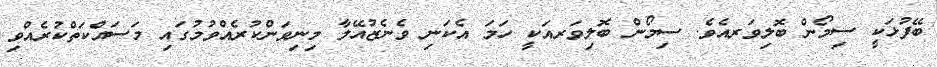
ބޭފުޅަކީ ސިމޯން ބޮލިވަރއެވެ. ސިމޯން ބޮލިވަރއަކީ ހަމަ އެކަނި ވެނެޒުއޭލާ މިނިވަންކުރެއްވުމުގައި މަސައްކަތްކުރެއްވި